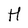
Character: H